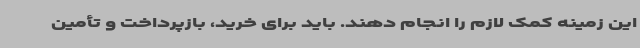
این زمینه کمک لازم را انجام دهند. باید برای خرید، بازپرداخت و تأمین